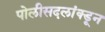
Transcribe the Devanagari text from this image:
पोलीसदलांक्डून